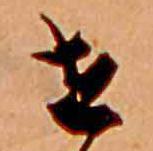
せ